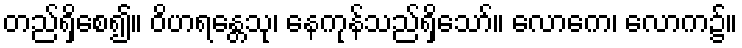
တည်ရှိစေ၍။ ဝိဟရန္တေသု၊ နေကုန်သည်ရှိသော်။ လောကေ၊ လောက၌။